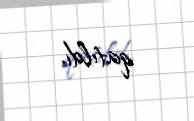
qatıldı.